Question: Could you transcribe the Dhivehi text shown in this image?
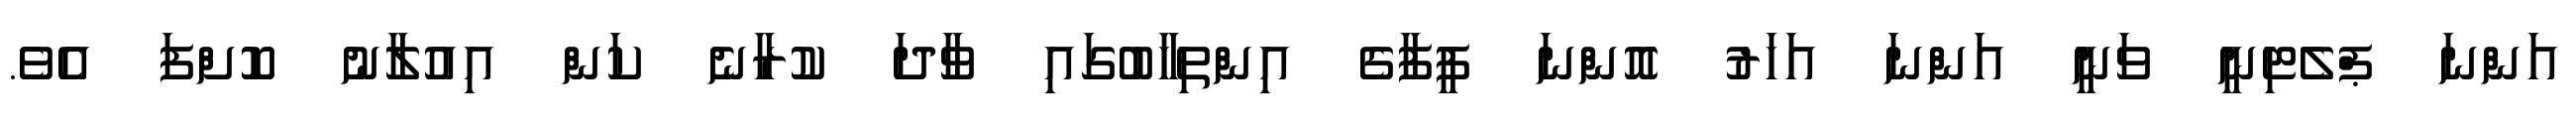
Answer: އަންނަ ޕްލެޓިނީ ވަނީ އަންނަ އަހަރު އޮންނަ ފީފާގެ އިންތިހާބުގައި ވާދަ ކުރާނެ ކަން އިއުލާނު ކޮށްފަ އެވެ.